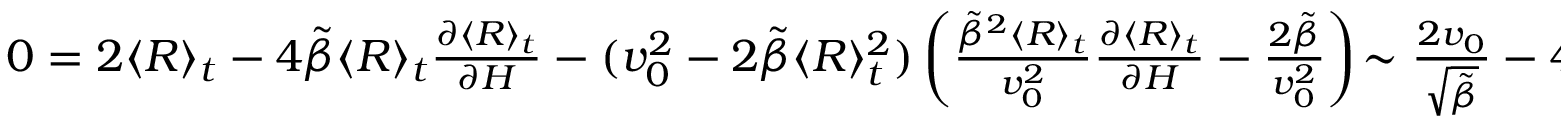
\begin{array} { r } { 0 = 2 \langle R \rangle _ { t } - 4 \tilde { \beta } \langle R \rangle _ { t } \frac { \partial \langle R \rangle _ { t } } { \partial H } - ( v _ { 0 } ^ { 2 } - 2 \tilde { \beta } \langle R \rangle _ { t } ^ { 2 } ) \left( \frac { \tilde { \beta } ^ { 2 } \langle R \rangle _ { t } } { v _ { 0 } ^ { 2 } } \frac { \partial \langle R \rangle _ { t } } { \partial H } - \frac { 2 \tilde { \beta } } { v _ { 0 } ^ { 2 } } \right) \! \sim \frac { 2 v _ { 0 } } { \sqrt { \tilde { \beta } } } - 4 v _ { 0 } \tilde { \beta } ^ { 1 / 2 } \frac { \partial \langle R \rangle _ { t } } { \partial H } + v _ { 0 } \tilde { \beta } ^ { 3 / 2 } \frac { \partial \langle R \rangle _ { t } } { \partial H } - 2 \tilde { \beta } , } \end{array}